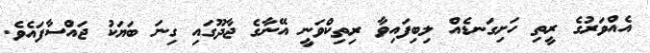
އެއްވަރުގެ ރީތި ހަށިގަނޑެއް ލިބިފައިވާ ރިތިކްވަނީ އޭނާގެ ޖާދޫގައި ގިނަ ބަޔަކު ޖައްސާފައެވެ.